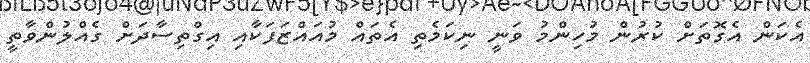
އެކަން އެގޮތަށް ކުރުން މުހިންމު ވަނީ ނިކަމެތި އެތައް މުއައްޒަފަކާއި އިގްތިސާދަށް ގެއްލުންވާތީ